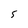
Character: S